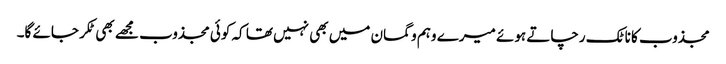
مجذوب کا ناٹک رچاتے ہوئے میرے وہم و گمان میں بھی نہیں تھا کہ کوئی مجذوب مجھے بھی ٹکر جائے گا۔